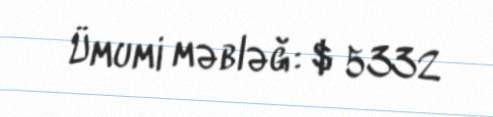
Ümumi məbləğ: $ 5332